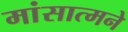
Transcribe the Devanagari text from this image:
मांसात्मने